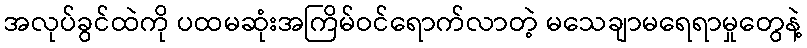
အလုပ်ခွင်ထဲကို ပထမဆုံးအကြိမ်ဝင်ရောက်လာတဲ့ မသေချာမရေရာမှုတွေနဲ့